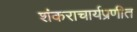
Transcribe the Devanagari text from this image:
शंकराचार्यप्रणीत